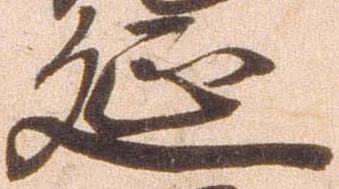
延